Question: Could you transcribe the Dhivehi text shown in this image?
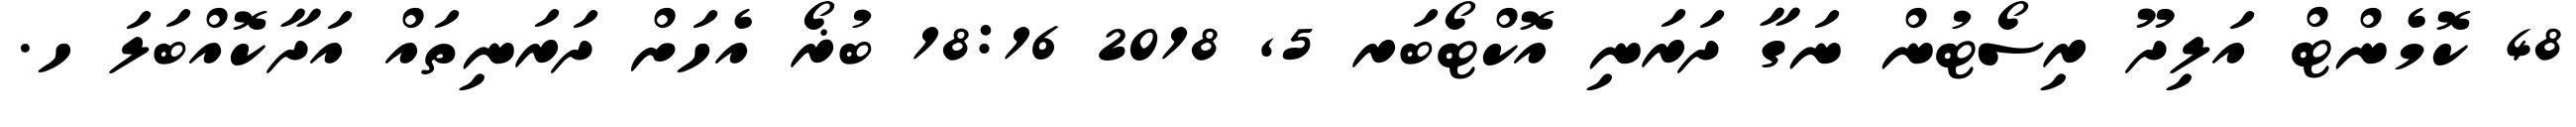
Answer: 48 ކޮމެންޓް އަލިދޫ ރިސޯޓުން ނަގާ ދަރަނި އޮކްޓޯބަރ 5, 2018 18:16 ބުޜޯ އެހަށް ދަރަނިތައް އަދާކޮއްބަލަ ހ.